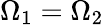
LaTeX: \Omega_{1}=\Omega_{2}